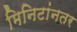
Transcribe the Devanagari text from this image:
मिनिटांनतर